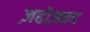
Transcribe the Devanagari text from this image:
ज़द्दोज़हद